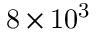
\mathrm { 8 \times 1 0 ^ { 3 } }